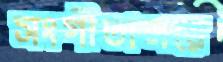
সংগীতালয়ে